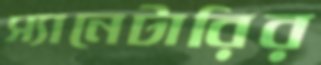
স্যানেটারির